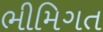
ભીમિગત